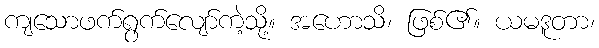
ကျသောဖက်ရွက်လျော်ကဲ့သို့။ အဟောသိ၊ ဖြစ်၏။ ယမဒူတာ၊